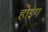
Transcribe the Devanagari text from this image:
होइंग